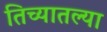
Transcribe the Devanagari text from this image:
तिच्यातल्या